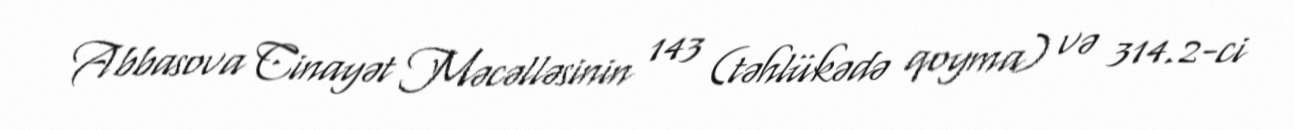
Abbasova Cinayət Məcəlləsinin 143 (təhlükədə qoyma) və 314.2-ci